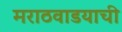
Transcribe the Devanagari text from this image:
मराठवाडयाची